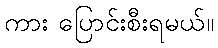
ကား ပြောင်းစီးရမယ်။